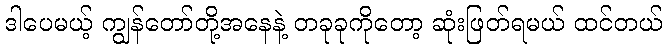
ဒါပေမယ့် ကျွန်တော်တို့အနေနဲ့ တခုခုကိုတော့ ဆုံးဖြတ်ရမယ် ထင်တယ်